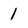
Character: 1